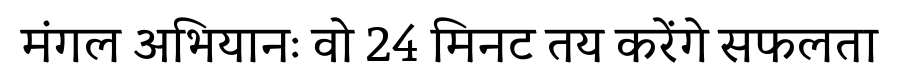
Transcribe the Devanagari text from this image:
मंगल अभियानः वो 24 मिनट तय करेंगे सफलता